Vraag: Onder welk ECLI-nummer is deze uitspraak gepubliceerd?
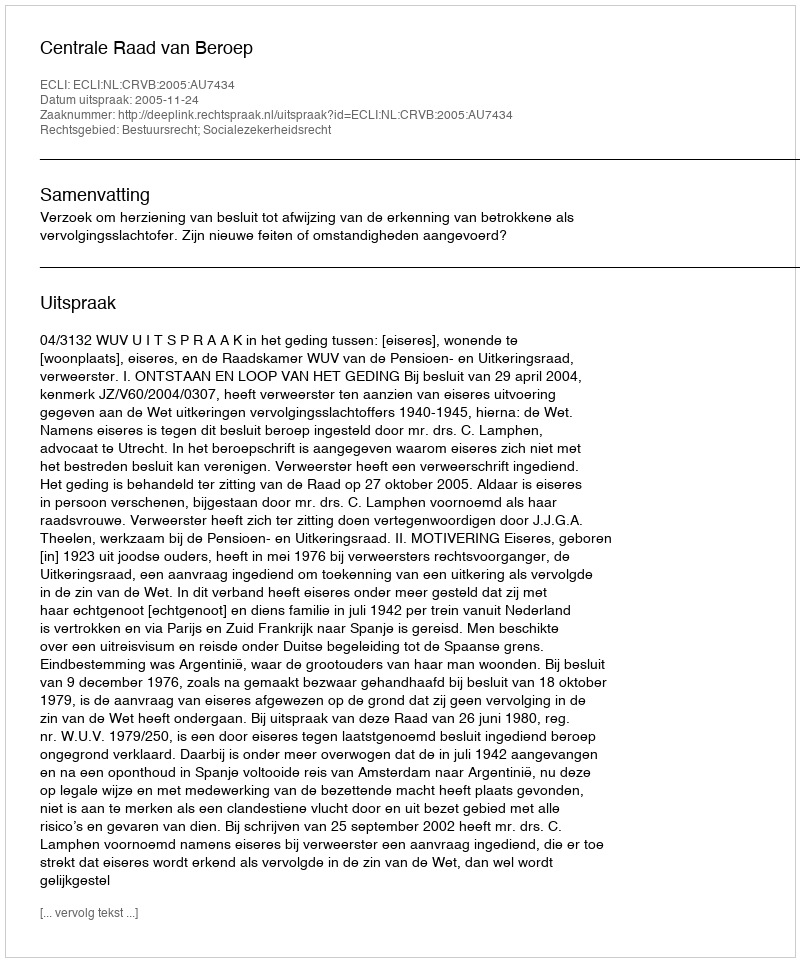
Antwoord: ECLI:NL:CRVB:2005:AU7434